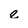
Character: e